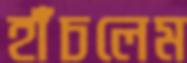
হাঁচলেম